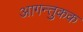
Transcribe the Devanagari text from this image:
आगन्तुकक